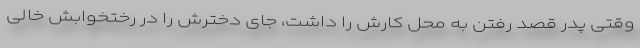
وقتی پدر قصد رفتن به محل کارش را داشت، جای دخترش را در رختخوابش خالی